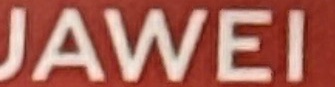
JAWEI